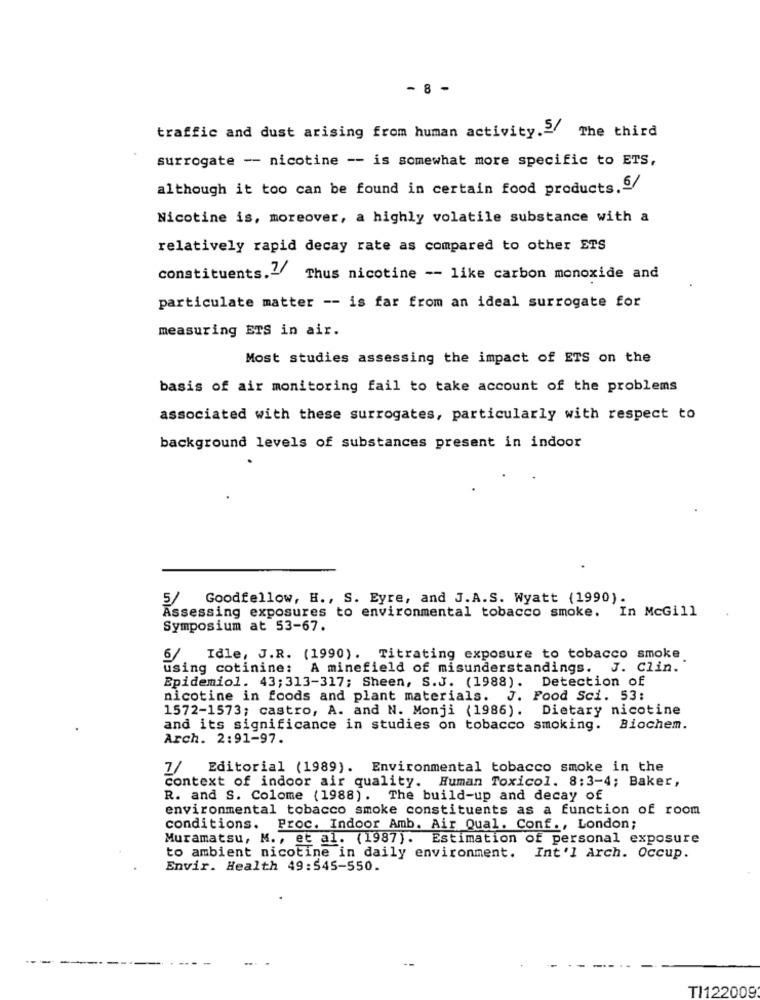
- 8 -
traffic and dust arising from human activity.S/
The third
surrogate -- nicotine -- is somewhat more specific to ETS,
although it too can be found in certain food products.6/
Nicotine is, moreover, a highly volatile substance with a
relatively rapid decay rate as compared to other ETS
constituents.2 Thus nicotine -- like carbon monoxide and
particulate matter -- is far from an ideal surrogate for
measuring ETS in air.
Most studies assessing the impact of ETS on the
basis of air monitoring fail to take account of the problems
associated with these surrogates, particularly with respect to
background levels of substances present in indoor
5/ Goodfellow, H ., S. Eyre, and J.A.S. Wyatt (1990).
Assessing exposures to environmental tobacco smoke. In McGill
Symposium at 53-67.
6/
Idle, J.R. (1990). Titrating exposure to tobacco smoke
using cotinine: A minefield of misunderstandings. J. Clin.
Epidemiol. 43; 313-317; Sheen, S.J. (1988). Detection of
nicotine in foods and plant materials. J. Food Sci. 53:
1572-1573; castro, A. and N. Monji (1986). Dietary nicotine
and its significance in studies on tobacco smoking.
Biochem.
Arch. 2:91-97.
7/ Editorial (1989). Environmental tobacco smoke in the
context of indoor air quality. Human Toxicol. 8:3-4; Baker,
R. and S. Colome (1988). The build-up and decay of
environmental tobacco smoke constituents as a function of room
conditions. Proc. Indoor Amb. Air Qual. Conf ., London;
Muramatsu, M ., et al. (1987). Estimation of personal exposure
to ambient nicotine in daily environment. Int'l Arch. Occup.
Envir. Health 49:545-550.
TI122009